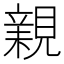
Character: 𧡿